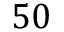
5 0